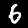
Label: 6